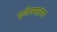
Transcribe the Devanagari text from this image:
हवेनसांग